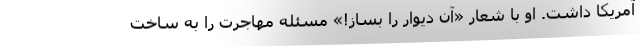
آمریکا داشت. او با شعار «آن دیوار را بساز!» مسئله مهاجرت را به ساخت